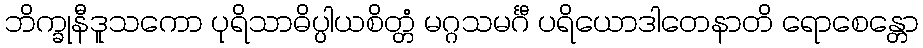
ဘိက္ခုနီဒူသကော ပုရိသာဓိပ္ပါယစိတ္တံ မဂ္ဂသမင်္ဂီ ပရိယောဒါတေနာတိ ရောစေန္တော